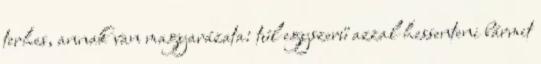
terhes, annak van magyarázata: túl egyszerű azzal hessenteni bármit